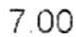
7.00